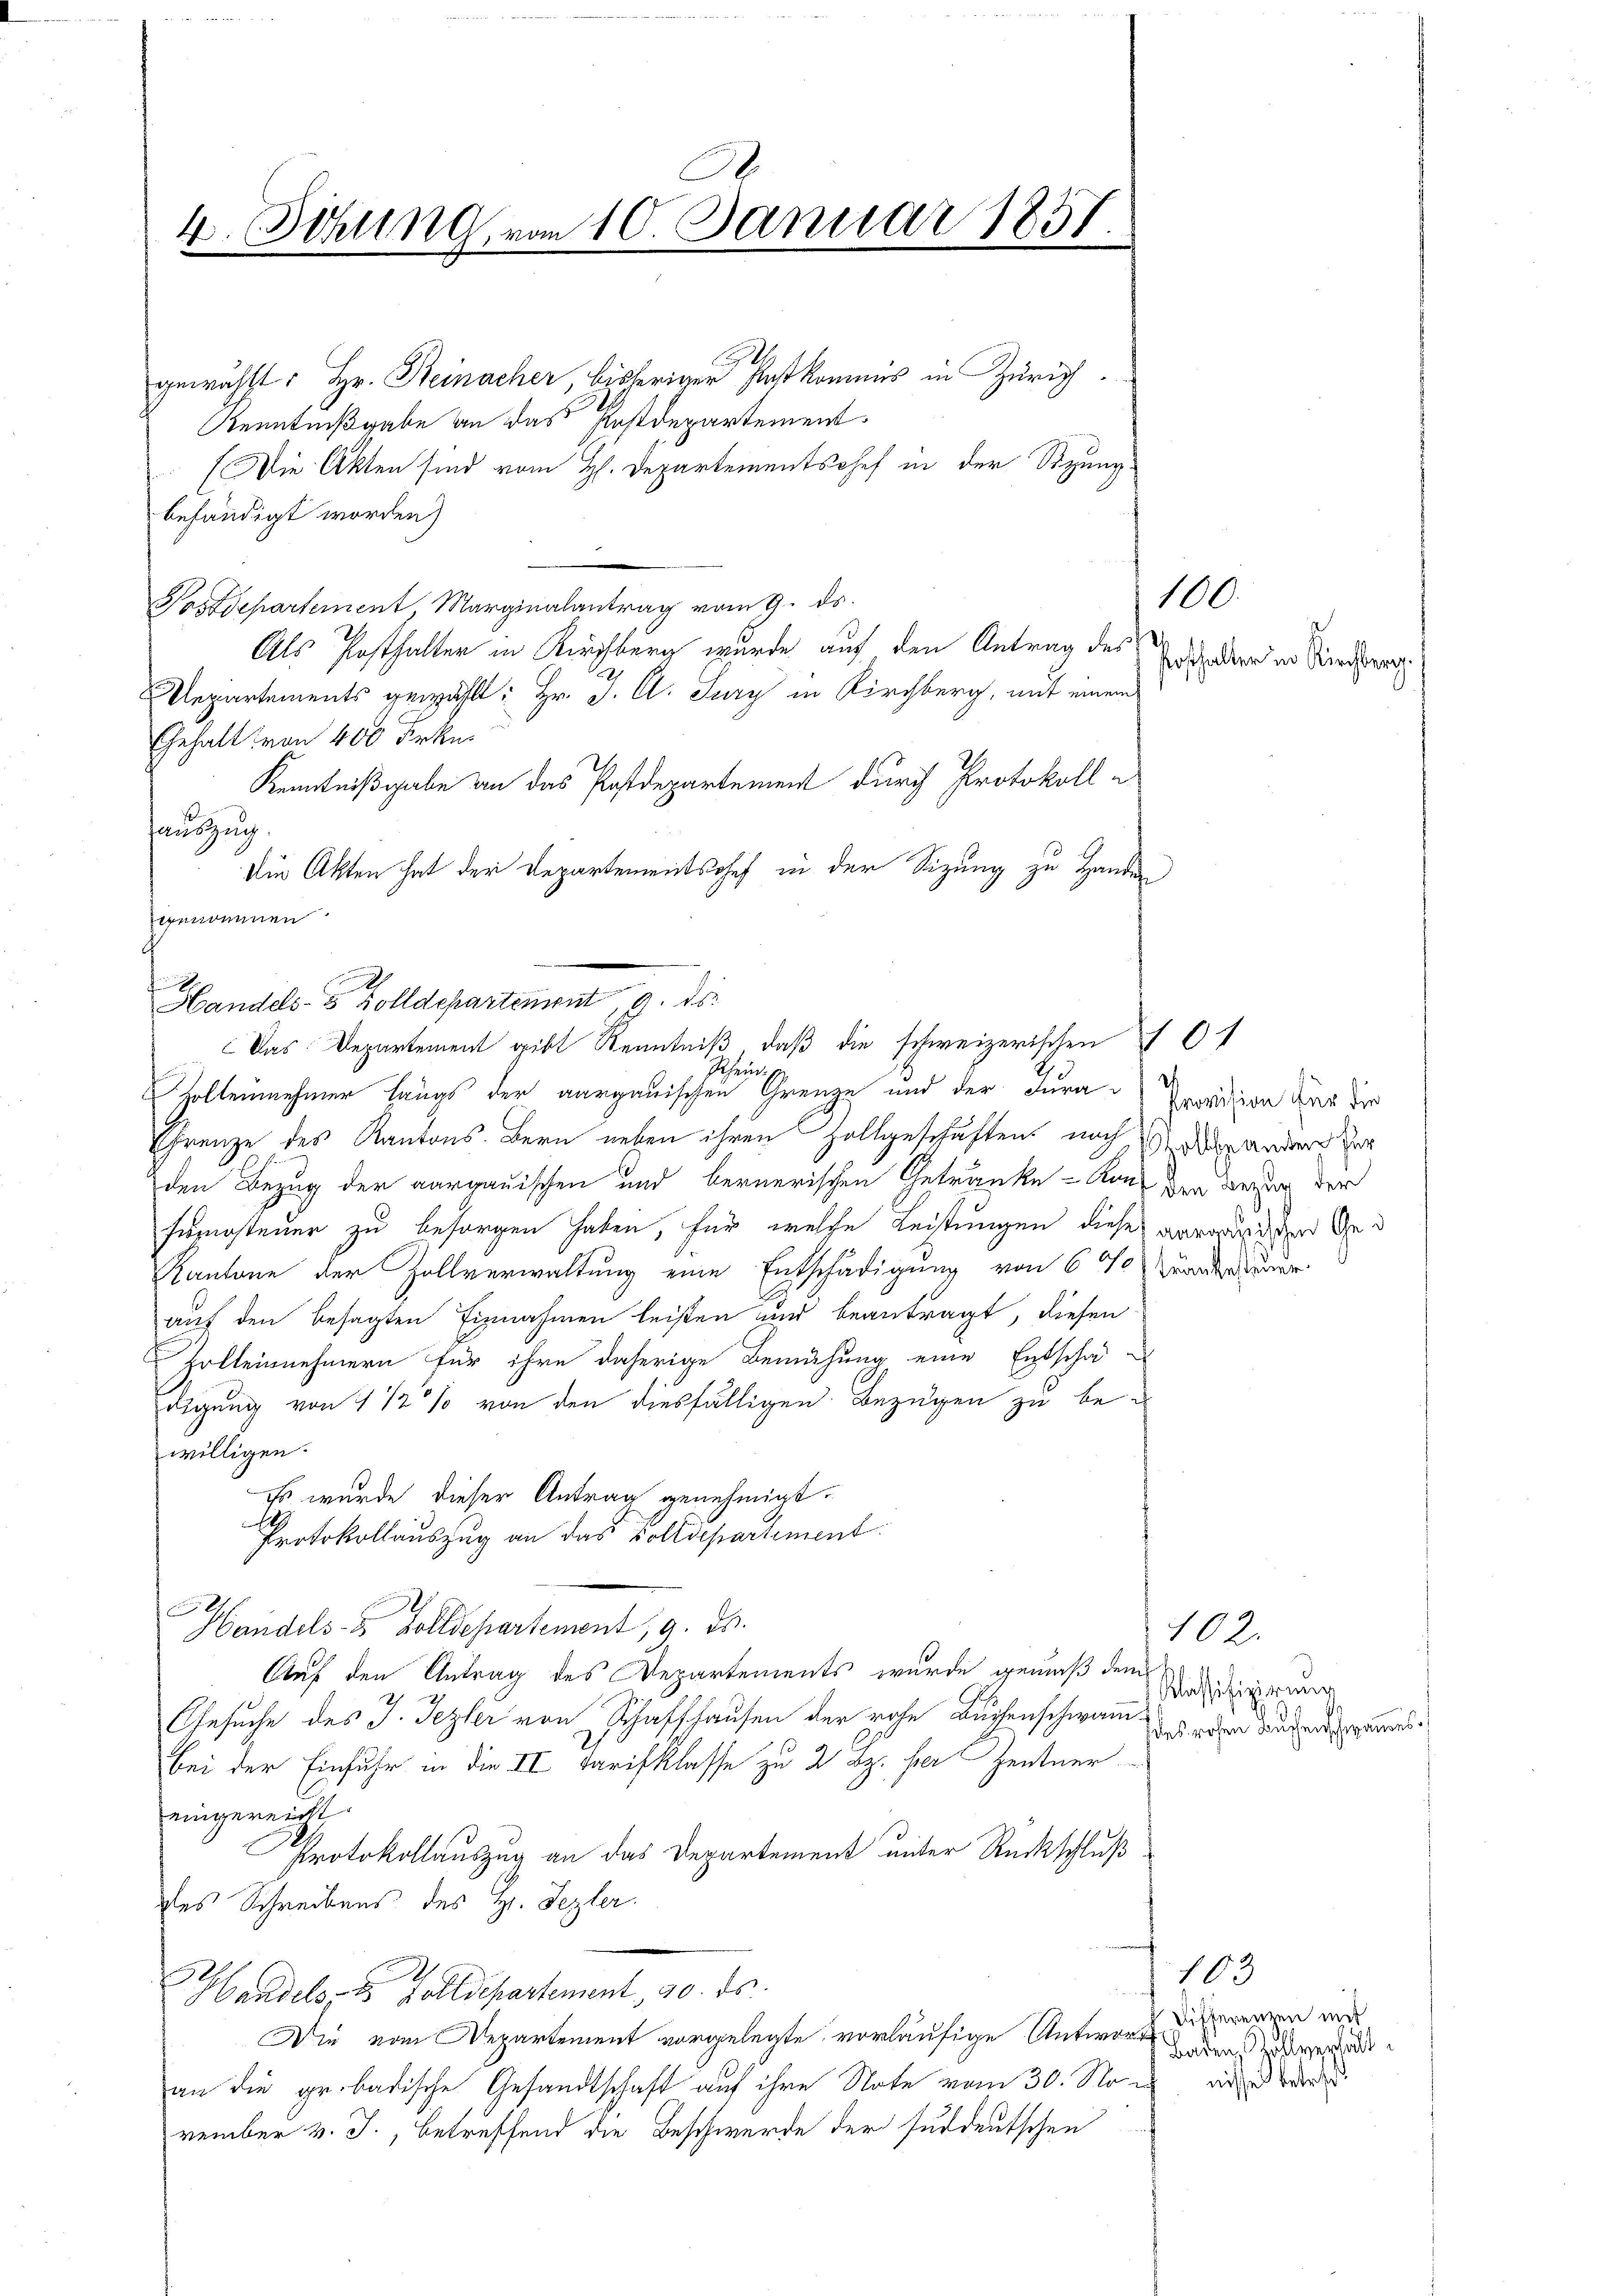
4. Schling, vom 10. Januar 1857.

Handels- Holldepartement 9. ds.

Das Departement gibt Kenntniß, daß die schweizerischen
Schein

G
gewählt: Hr. Reinacher, bisheriger Postkommis in Zürich
Kenntnißgabe an das Postdepartement.
(Die Akten sind vom H. Departementschef in der Sitzung
behändigt worden)
n
Postdepartement Marginalantrag vom 9. ds.
Als Posthalter in Kirchberg wurde auf den Antrag des
Departements gewählt: Hr. J. C. Sury in Kirchberg, mit einem
Gehalt von 400 Frkn.
Kenntnißgabe an das Postdepartement durch Protokoll e
tausg
Die Akten hat der Departementschef in der Sizung zu Handen
nomnen
Zollennehmer längs der aargauischen Grenze und der Jura
Ehrenze des Kantons. Bern neben ihren Zollgeschäftens nach die andere Herr
den Bezug der aargauischen und bernerischen Getränke - Kons der dazug der
Fürsteuer zu besorgen haben, für welche Leistungen diese arrarischen Ge¬
Kantone der Zollverwaltung eine Entschädigung von 600 Brandauer
auf den besagten Einnahmen leisten und beantragt, diesen
Zolleinehmern für ihre daherige Bemühung eine Entschafdigung von 1 1/2 % von den diesfälligen Bezugen zu bewilligen.
Es wurde dieser Antrag genehmigt.
1
Protokollauszug an das Volldepartement

Handels- & Zolldepartement, 9. ds.
Auf den Antrag des Departements wurde gemäß dem
Gesuche des J. Jezler von Schaffhausen der rohe Buchenschwan das erger Aufen ausbei der Einfuhr in die II Tarifklasse zu 2 Bz. her Zentner
eingereicht
Protokollauszug an das Departement unter Rückschluß
des Schreibens des H. Pezler.
enf
Handels- & Zolldepartement, 190. ds.
Die vom Departement vorgelegte vorläufige Antworts erren und
an die grobadische Gesandtschaft auf ihre Note vom 30. No
vember v. J., betreffend die Beschwerde der süddeutschen

Posthalter in Kirchberg.

100.

Provision für die

102.
Klassifizierung

103
Baden, Zollverhält
nisse betreff